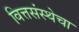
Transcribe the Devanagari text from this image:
वित्तसंस्थेचा